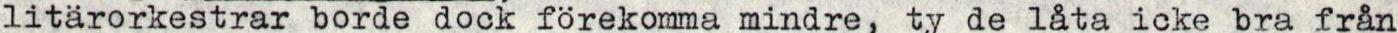
litärorkestrar borde dock förekomma mindre, ty de låta icke bra från